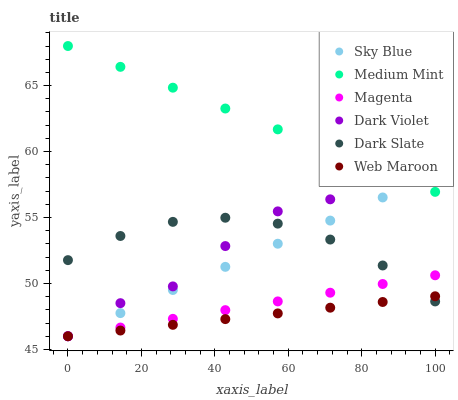
| xaxis_label | Sky Blue | Medium Mint | Magenta | Dark Violet | Dark Slate | Web Maroon |
 | --- | --- | --- | --- | --- | --- | --- |
 | 0 | 46 | 68 | 46 | 46 | 51.8 | 46 |
 | 14.3 | 47.8 | 66.4 | 46.7 | 48.5 | 53.6 | 46.4 |
 | 28.6 | 49.5 | 64.8 | 47.3 | 49.8 | 54.7 | 46.9 |
 | 42.9 | 51.3 | 63.3 | 48 | 52.8 | 55 | 47.3 |
 | 57.1 | 53 | 61.7 | 48.6 | 55.5 | 54.5 | 47.7 |
 | 71.4 | 54.8 | 60.1 | 49.3 | 56.4 | 53.3 | 48.2 |
 | 85.7 | 56.5 | 58.5 | 50 | 59.2 | 51.4 | 48.6 |
 | 100 | 58.3 | 56.9 | 50.6 | 61.2 | 48.6 | 49 |